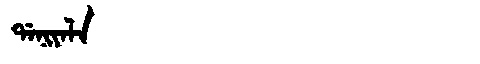
Manchu: ᡩᠠᠨᡳᠶᠠᠯᠠ
Romanization: DANIYALA